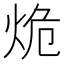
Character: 𰞒